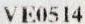
VE0514